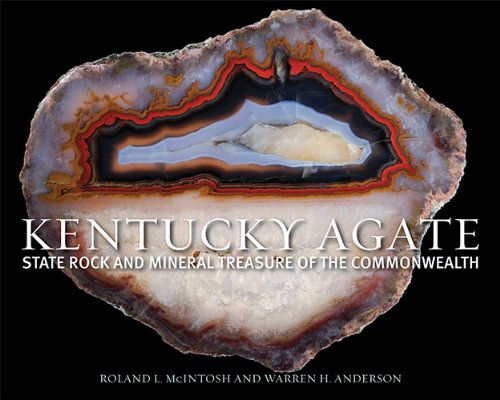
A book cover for Kentucky Agate: State Rock and Mineral Treasure of the Commonwealth; Roland McIntosh; Sports & Outdoors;